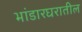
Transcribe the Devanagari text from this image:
भांडारघरातील